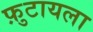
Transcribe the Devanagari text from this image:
फ़ुटायला